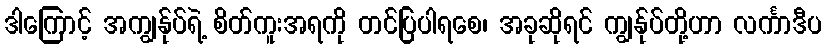
ဒါကြောင့် အကျွန်ုပ်ရဲ့ စိတ်ကူးအရကို တင်ပြပါရစေ၊ အခုဆိုရင် ကျွန်ုပ်တို့ဟာ လင်္ကာဒီပ